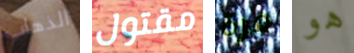
الذهاب مقتول مرة هو